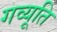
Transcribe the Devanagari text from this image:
गव्यूति